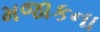
મજાકના